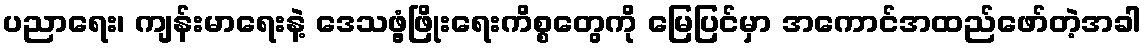
ပညာရေး၊ ကျန်းမာရေးနဲ့ ဒေသဖွံ့ဖြိုးရေးကိစ္စတွေကို မြေပြင်မှာ အကောင်အထည်ဖော်တဲ့အခါ